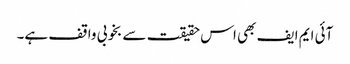
آئی ایم ایف بھی اس حقیقت سے بخوبی واقف ہے۔